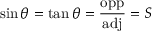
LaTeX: \sin \theta = \tan \theta = { \frac { \mathrm { o p p } } { \mathrm { a d j } } } = S